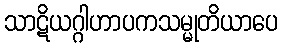
သာဋိယဂ္ဂါဟာပကသမ္မုတိယာပေ